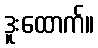
ဒူးထောက်။